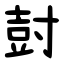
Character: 尌